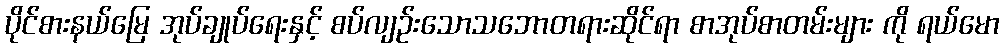
ပိုင်စားနယ်မြေ အုပ်ချုပ်ရေးနှင့် စပ်လျဉ်းသောသဘောတရားဆိုင်ရာ စာအုပ်စာတမ်းများ ကို ရယ်မော